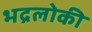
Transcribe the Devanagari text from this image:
भद्रलोकी